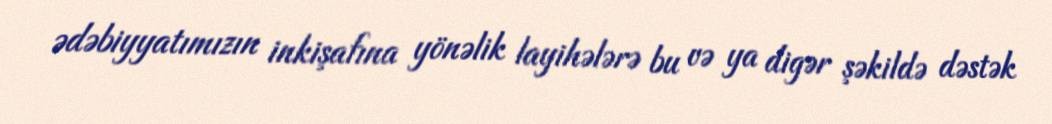
ədəbiyyatımızın inkişafına yönəlik layihələrə bu və ya digər şəkildə dəstək